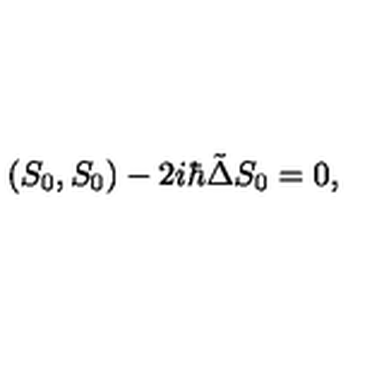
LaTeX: ( S _ { 0 } , S _ { 0 } ) - 2 i \hbar \tilde { \Delta } S _ { 0 } = 0 ,